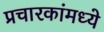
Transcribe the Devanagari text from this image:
प्रचारकांमध्ये